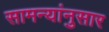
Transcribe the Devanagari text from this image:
सामन्यांनुसार